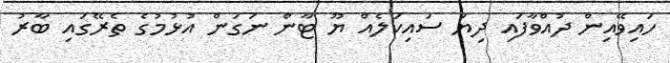
ހައިވޭއިން ދުއްވާފައި ދިޔަ ސައިކަލެއް ޔޫ ޓާން ނަގަން އުޅުމުގެ ތެރޭގައި ބާރު